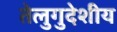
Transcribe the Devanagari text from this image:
तेलुगुदेशीय